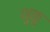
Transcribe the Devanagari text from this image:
थुकु